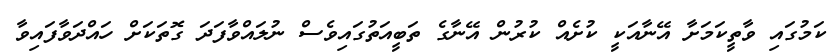
ކަމުގައި ވާތީކަމަށާ އޭނާއަކީ ކުށެއް ކުރުން އޭނާގެ ތަބީއަތުގައިވެސް ނުލައްވާފަދަ ގޮތަކަށް ހައްދަވާފައިވާ